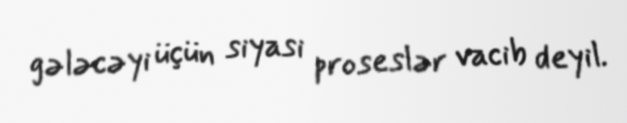
gələcəyi üçün siyasi proseslər vacib deyil.